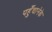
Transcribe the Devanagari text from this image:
पहुँचानेके